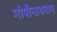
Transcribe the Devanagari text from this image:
गोपीनाथबाग